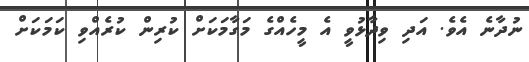
ނުދާނެ އެވެ. އަދި ވިދާޅުވީ އެ މީހެއްގެ މަގާމަކަށް ކުރިން ކުރެެއްވި ކަމަކަށް